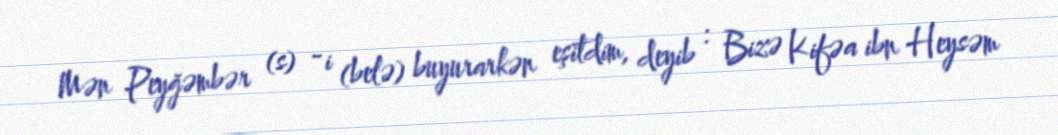
Mən Peyğəmbər (s) - i (belə) buyurarkən eşitdim, deyib : Bizə Kifəa ibn Heysəm